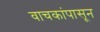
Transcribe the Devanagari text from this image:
वाचकांपासून